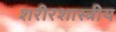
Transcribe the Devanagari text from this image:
शरीरशास्त्रीय